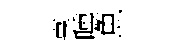
享曛魚